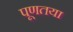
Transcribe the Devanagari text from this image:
पूणतया